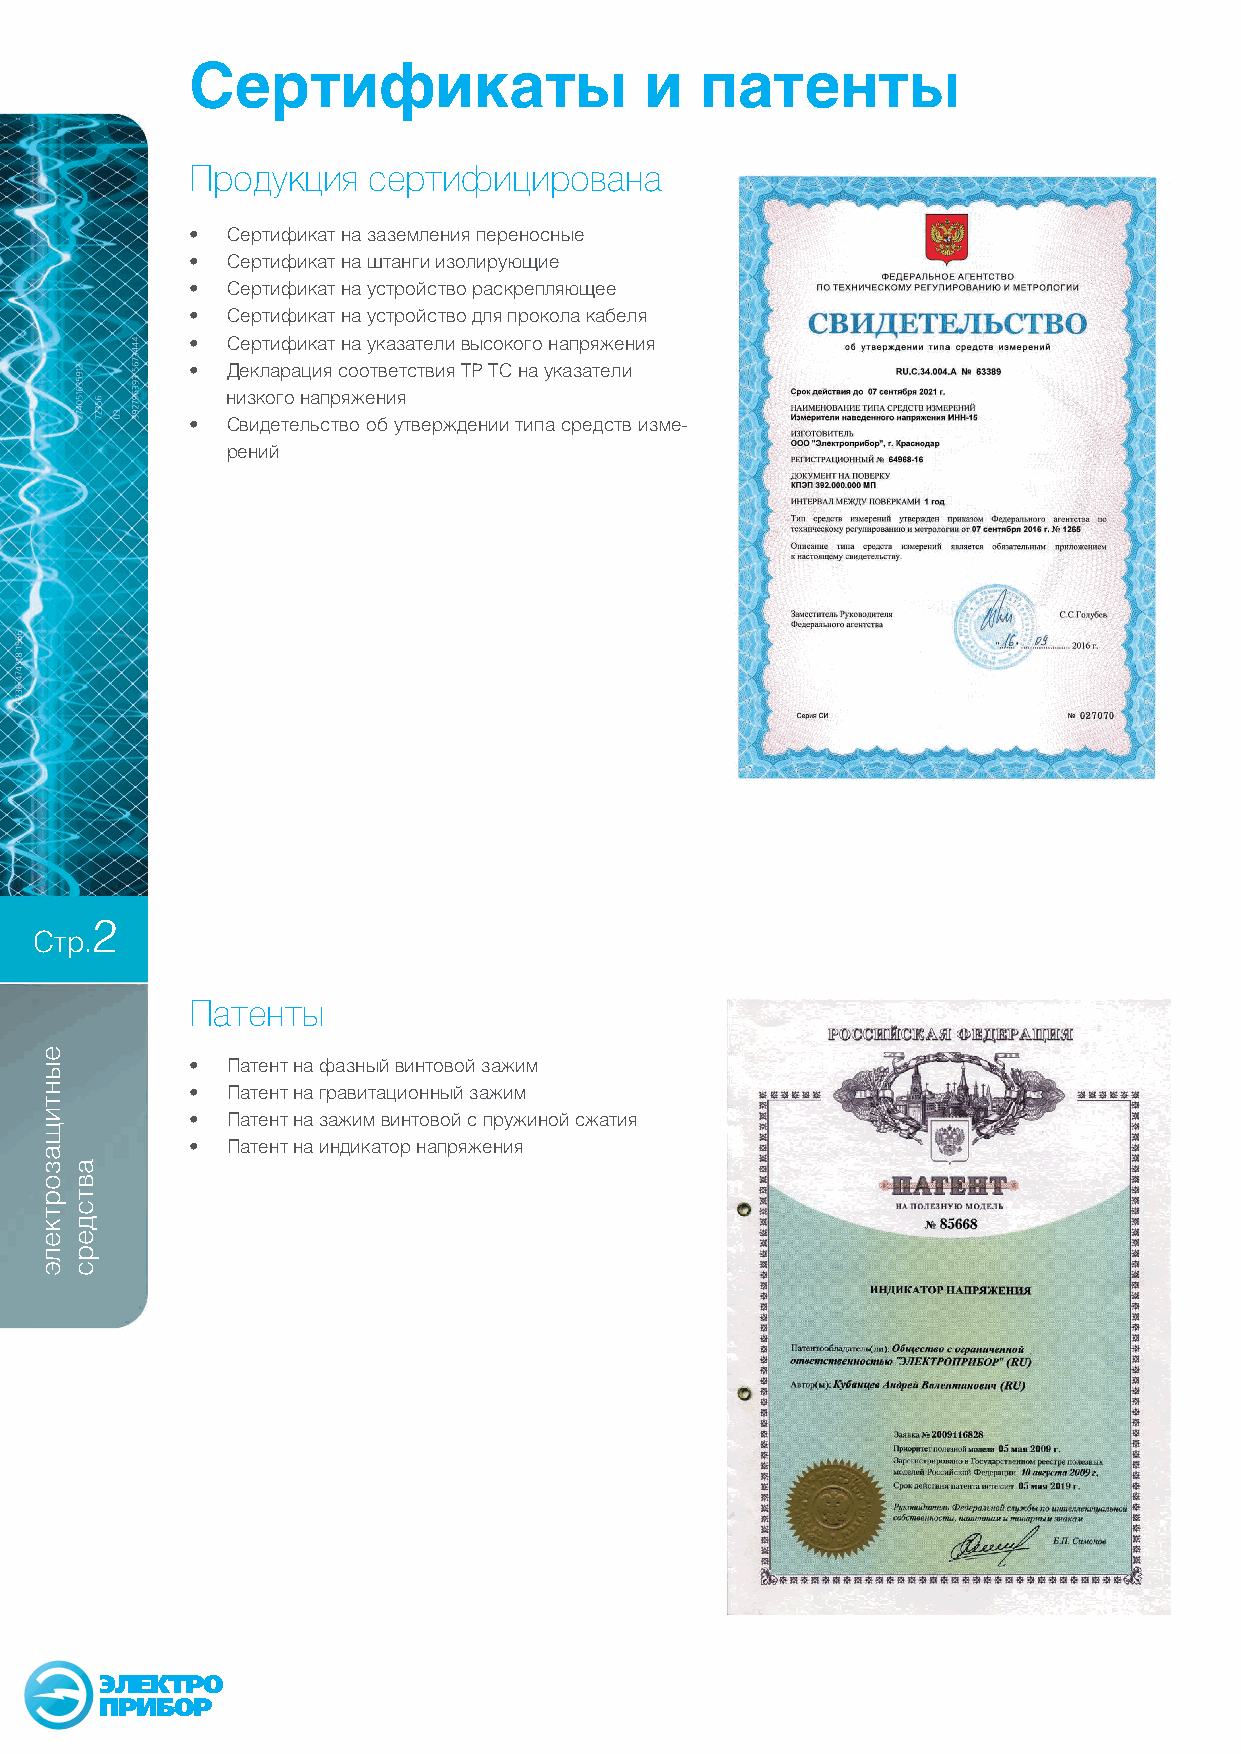
Сертификаты                   и  патенты
 Продукция  сертифицирована
 • Сертификат на заземления переносные
 • Сертификат на штанги изолирующие
 • Сертификат на устройство раскрепляющее
 • Сертификат на устройство для прокола кабеля
 • Сертификат на указатели высокого напряжения
 • Декларация соответствия ТР ТС на указатели
 низкого напряжения
 • Свидетельство об утверждении типа средств изме-
 рений
 2
 Стр.
 Патенты
 • Патент на фазный винтовой зажим
 • Патент на гравитационный зажим
 • Патент на зажим винтовой с пружиной сжатия
 • Патент на индикатор напряжения
 ЭЛЕКТРО
 ПРИБОР
 еынтищазорткелэ
 автсдерс